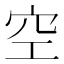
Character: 空